Epidemic dropsy in Calcutta - Number 45
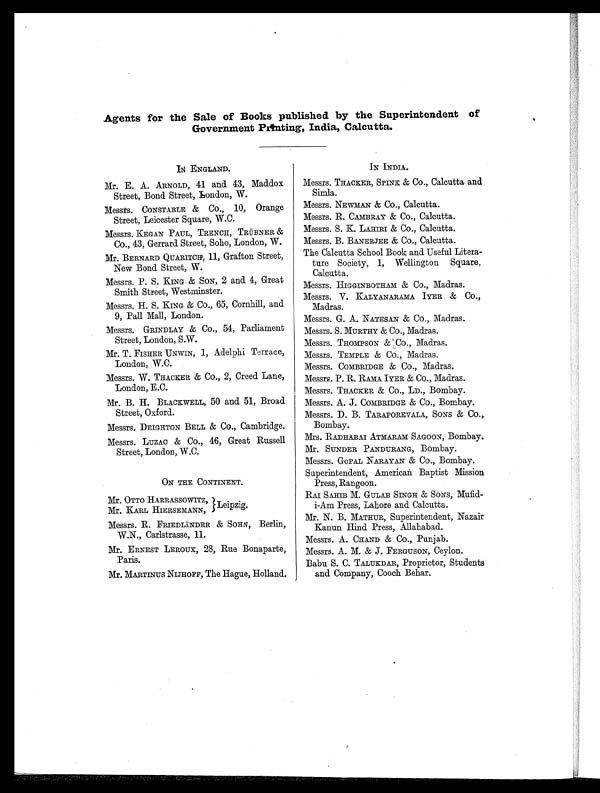
Agents for the Sale of Books published by the Superintendent of
Government Printing, India, Calcutta.
IN ENGLAND.
Mr. E. A. ARNOLD, 41 and 43, Maddox
Street, Bond Street, London, W.
Messrs. CONSTABLE & Co., 10, Orange
Street, Leicester Square, W.C.
Messrs. KEGAN PAUL, TRENCH, TRÜBNER &
Co., 43, Gerrard Street, Soho, London, W.
Mr. BERNARD QUARITCH, 11, Grafton Street,
New Bond Street, W .
Messrs. P. S. KING & SON, 2 and 4, Great
Smith Street, Westminster.
Messrs. H. S. KING & CO., 65, Cornhill, and
9, Pall Mall, London.
Messrs. GRINDLAY & Co., 54, Parliament
Street, London, S.W.
Mr. T. FISHER UNWIN, 1, Adelphi Terrace,
London, W.C.
Messrs. W. THACKER & Co., 2, Creed Lane,
London, E.C.
Mr. B. H. BLACKWELL, 50 and 51, Broad
Street, Oxford.
Messrs. DEIGHTON BELL & Co., Cambridge.
Messrs. LUZAC & Co., 46, Great Russell
Street, London, W.C.
ON THE CONTINENT.
Mr. OTTO HARRASSOWITZ,
Mr. KARL HIERSEMANN, Leipzig.
Messrs. R. FRIEDLÄNDER & SOHN, Berlin,
W.N., Carlstrasse, 11.
Mr. ERNEST LEROUX, 28, Rue Bonaparte,
Paris.
Mr. MARTINUS NIJHOFF, The Hague, Holland.
IN INDIA.
Messrs. THACKER, SPINK & Co., Calcutta and
Simla.
Messrs. NEWMAN & Co., Calcutta.
Messrs. R. CAMBRAY & Co., Calcutta.
Messrs. S. K. LAHIRI & Co., Calcutta.
Messrs. B. BANERJEE & Co., Calcutta.
The Calcutta School Book and Useful Litera-
ture Society, 1, Wellington Square,
Calcutta.
Messrs. HIGGINBOTHAM & Co., Madras.
Messrs. V. KALYANARAMA IYER & Co.,
Madras.
Messrs. G. A. NATESAN & Co., Madras.
Messrs. S. MURTHY & Co., Madras.
Messrs. THOMPSON & Co., Madras.
Messrs. TEMPLE & Co., Madras.
Messrs. COMBRIDGE & Co., Madras.
Messrs. P. R. RAMA IYER & Co., Madras.
Messrs. THACKER & Co., LD., Bombay.
Messrs. A. J. COMBRIDGE & Co., Bombay.
Messrs. D. B. TARAPOREVALA, SONS & Co.,
Bombay.
Mrs. RADHABAI ATMARAM SAGOON, Bombay.
Mr. SUNDER PANDURANG, Bombay.
Messrs. GOPAL NARAYAN & Co., Bombay.
Superintendent, American Baptist Mission
Press, Rangoon.
RAI SAHIB M. GULAB SINGH & SONS, Mufid-
i-Am Press, Lahore and Calcutta.
Mr. N. B. MATHUR, Superintendent, Nazair
Kanun Hind Press, Allahabad.
Messrs. A. CHAND & Co., Punjab.
Messrs. A. M. & J. FERGUSON, Ceylon.
Babu S. C. TALUKDAR, Proprietor, Students
and Company, Cooch Behar.